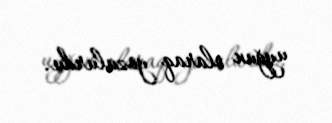
uyğun olaraq yozulurdu.